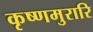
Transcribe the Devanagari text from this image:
कृष्णमुरारि